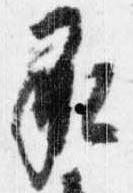
承